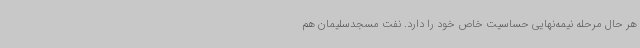
هر حال مرحله نیمه‌نهایی حساسیت خاص خود را دارد. نفت مسجدسلیمان هم